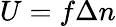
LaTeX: U=f\Delta n